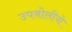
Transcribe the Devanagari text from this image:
उपबोलीयो